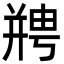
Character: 𫷘